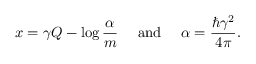
x = \gamma Q - \log \frac { \alpha } { m } ~ ~ ~ ~ \mathrm { a n d } ~ ~ ~ ~ \alpha = \frac { \hbar \gamma ^ { 2 } } { 4 \pi } .